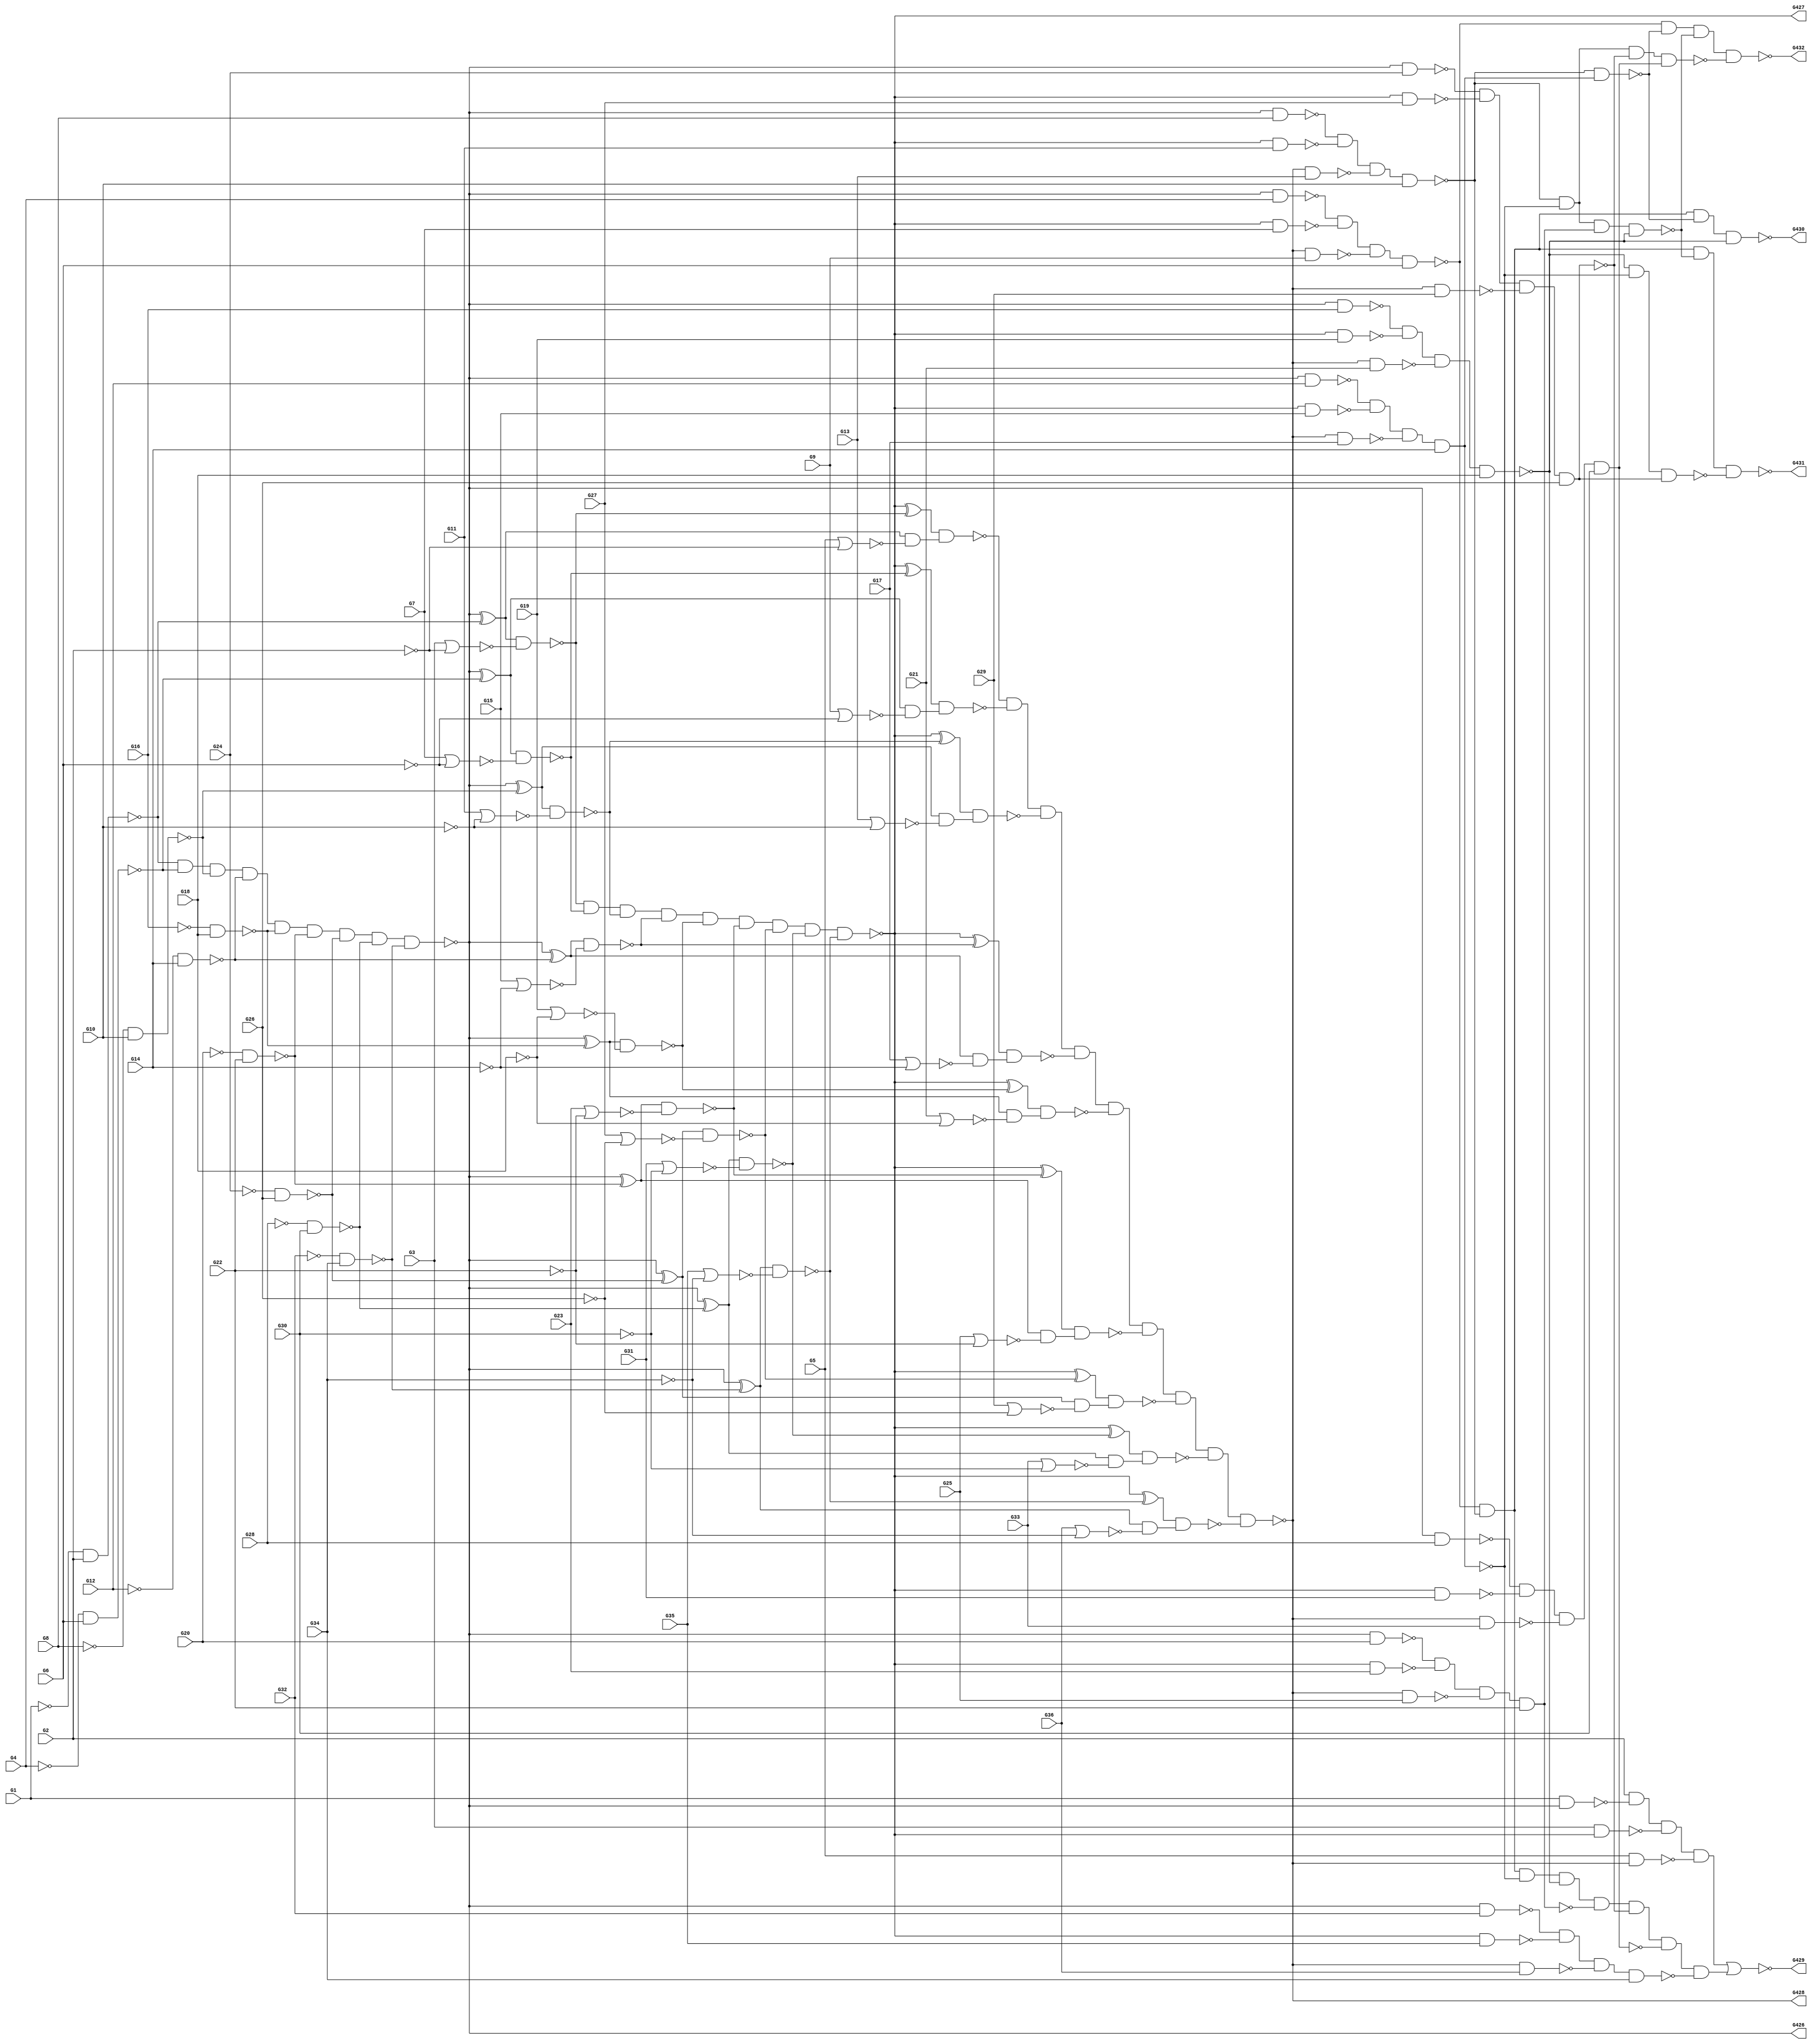
module c432(G1,G10,G11,G12,G13,G14,G15,G16,G17,G18,G19,G2,G20,G21,G22,G23,
  G24,G25,G26,G27,G28,G29,G3,G30,G31,G32,G33,G34,G35,G36,G4,G426,G427,G428,
  G429,G430,G431,G432,G5,G6,G7,G8,G9);
input G1,G2,G3,G4,G5,G6,G7,G8,G9,G10,G11,G12,G13,G14,G15,G16,G17,G18,G19,G20,
  G21,G22,G23,G24,G25,G26,G27,G28,G29,G30,G31,G32,G33,G34,G35,G36;
output G426,G427,G428,G429,G430,G431,G432;

  wire G118,G119,G122,G123,G126,G127,G130,G131,G134,G135,G138,G139,G142,G143,
    G146,G147,G150,G151,G154,G157,G158,G159,G162,G165,G168,G171,G174,G177,G180,
    G183,G184,G185,G186,G187,G188,G189,G190,G191,G192,G193,G194,G195,G196,G197,
    G198,G199,G203,G213,G223,G226,G229,G232,G235,G238,G241,G242,G245,G246,G249,
    G250,G253,G254,G255,G256,G257,G258,G259,G262,G263,G266,G269,G272,G275,G278,
    G281,G284,G287,G288,G289,G290,G291,G292,G293,G294,G295,G299,G300,G301,G302,
    G303,G304,G305,G306,G307,G308,G318,G328,G329,G330,G331,G332,G333,G334,G335,
    G336,G337,G338,G339,G340,G341,G342,G343,G344,G345,G346,G347,G348,G349,G350,
    G351,G352,G353,G354,G355,G358,G368,G369,G370,G371,G372,G373,G374,G375,G376,
    G377,G378,G383,G390,G396,G401,G404,G408,G411,G412,G413,G414,G415,G416,G417,
    G418,G421,G424,G425;

  not NOT_0(G118,G1);
  not NOT_1(G119,G2);
  not NOT_2(G122,G4);
  not NOT_3(G123,G6);
  not NOT_4(G126,G8);
  not NOT_5(G127,G10);
  not NOT_6(G130,G12);
  not NOT_7(G131,G14);
  not NOT_8(G134,G16);
  not NOT_9(G135,G18);
  not NOT_10(G138,G20);
  not NOT_11(G139,G22);
  not NOT_12(G142,G24);
  not NOT_13(G143,G26);
  not NOT_14(G146,G28);
  not NOT_15(G147,G30);
  not NOT_16(G150,G32);
  not NOT_17(G151,G34);
  nand NAND2_0(G154,G118,G2);
  nor NOR2_0(G157,G3,G119);
  nor NOR2_1(G158,G5,G119);
  nand NAND2_1(G159,G122,G6);
  nand NAND2_2(G162,G126,G10);
  nand NAND2_3(G165,G130,G14);
  nand NAND2_4(G168,G134,G18);
  nand NAND2_5(G171,G138,G22);
  nand NAND2_6(G174,G142,G26);
  nand NAND2_7(G177,G146,G30);
  nand NAND2_8(G180,G150,G34);
  nor NOR2_2(G183,G7,G123);
  nor NOR2_3(G184,G9,G123);
  nor NOR2_4(G185,G11,G127);
  nor NOR2_5(G186,G13,G127);
  nor NOR2_6(G187,G15,G131);
  nor NOR2_7(G188,G17,G131);
  nor NOR2_8(G189,G19,G135);
  nor NOR2_9(G190,G21,G135);
  nor NOR2_10(G191,G23,G139);
  nor NOR2_11(G192,G25,G139);
  nor NOR2_12(G193,G27,G143);
  nor NOR2_13(G194,G29,G143);
  nor NOR2_14(G195,G31,G147);
  nor NOR2_15(G196,G33,G147);
  nor NOR2_16(G197,G35,G151);
  nor NOR2_17(G198,G36,G151);
  and AND9_0(G199,G154,G159,G162,G165,G168,G171,G174,G177,G180);
  not NOT_18(G203,G199);
  not NOT_19(G213,G199);
  xor XOR2_0(G223,G203,G154);
  xor XOR2_1(G226,G203,G159);
  xor XOR2_2(G229,G203,G162);
  xor XOR2_3(G232,G203,G165);
  xor XOR2_4(G235,G203,G168);
  xor XOR2_5(G238,G203,G171);
  nand NAND2_9(G241,G1,G213);
  xor XOR2_6(G242,G203,G174);
  nand NAND2_10(G245,G213,G4);
  xor XOR2_7(G246,G203,G177);
  nand NAND2_11(G249,G213,G8);
  xor XOR2_8(G250,G203,G180);
  nand NAND2_12(G253,G213,G12);
  nand NAND2_13(G254,G213,G16);
  nand NAND2_14(G255,G213,G20);
  nand NAND2_15(G256,G213,G24);
  nand NAND2_16(G257,G213,G28);
  nand NAND2_17(G258,G213,G32);
  nand NAND2_18(G259,G223,G157);
  nand NAND2_19(G262,G223,G158);
  nand NAND2_20(G263,G226,G183);
  nand NAND2_21(G266,G229,G185);
  nand NAND2_22(G269,G232,G187);
  nand NAND2_23(G272,G235,G189);
  nand NAND2_24(G275,G238,G191);
  nand NAND2_25(G278,G242,G193);
  nand NAND2_26(G281,G246,G195);
  nand NAND2_27(G284,G250,G197);
  nand NAND2_28(G287,G226,G184);
  nand NAND2_29(G288,G229,G186);
  nand NAND2_30(G289,G232,G188);
  nand NAND2_31(G290,G235,G190);
  nand NAND2_32(G291,G238,G192);
  nand NAND2_33(G292,G242,G194);
  nand NAND2_34(G293,G246,G196);
  nand NAND2_35(G294,G250,G198);
  and AND9_1(G295,G259,G263,G266,G269,G272,G275,G278,G281,G284);
  not NOT_20(G299,G262);
  not NOT_21(G300,G287);
  not NOT_22(G301,G288);
  not NOT_23(G302,G289);
  not NOT_24(G303,G290);
  not NOT_25(G304,G291);
  not NOT_26(G305,G292);
  not NOT_27(G306,G293);
  not NOT_28(G307,G294);
  not NOT_29(G308,G295);
  not NOT_30(G318,G295);
  xor XOR2_9(G328,G308,G259);
  xor XOR2_10(G329,G308,G263);
  xor XOR2_11(G330,G308,G266);
  xor XOR2_12(G331,G308,G269);
  nand NAND2_36(G332,G3,G318);
  xor XOR2_13(G333,G308,G272);
  nand NAND2_37(G334,G318,G7);
  xor XOR2_14(G335,G308,G275);
  nand NAND2_38(G336,G318,G11);
  xor XOR2_15(G337,G308,G278);
  nand NAND2_39(G338,G318,G15);
  xor XOR2_16(G339,G308,G281);
  nand NAND2_40(G340,G318,G19);
  xor XOR2_17(G341,G308,G284);
  nand NAND2_41(G342,G318,G23);
  nand NAND2_42(G343,G318,G27);
  nand NAND2_43(G344,G318,G31);
  nand NAND2_44(G345,G318,G35);
  nand NAND2_45(G346,G328,G299);
  nand NAND2_46(G347,G329,G300);
  nand NAND2_47(G348,G330,G301);
  nand NAND2_48(G349,G331,G302);
  nand NAND2_49(G350,G333,G303);
  nand NAND2_50(G351,G335,G304);
  nand NAND2_51(G352,G337,G305);
  nand NAND2_52(G353,G339,G306);
  nand NAND2_53(G354,G341,G307);
  and AND9_2(G355,G346,G347,G348,G349,G350,G351,G352,G353,G354);
  not NOT_31(G358,G355);
  nand NAND2_54(G368,G5,G358);
  nand NAND2_55(G369,G358,G9);
  nand NAND2_56(G370,G358,G13);
  nand NAND2_57(G371,G358,G17);
  nand NAND2_58(G372,G358,G21);
  nand NAND2_59(G373,G358,G25);
  nand NAND2_60(G374,G358,G29);
  nand NAND2_61(G375,G358,G33);
  nand NAND2_62(G376,G358,G36);
  nand NAND4_0(G377,G2,G241,G332,G368);
  nand NAND4_1(G378,G245,G334,G369,G6);
  nand NAND4_2(G383,G249,G336,G370,G10);
  nand NAND4_3(G390,G253,G338,G371,G14);
  nand NAND4_4(G396,G254,G340,G372,G18);
  nand NAND4_5(G401,G255,G342,G373,G22);
  nand NAND4_6(G404,G256,G343,G374,G26);
  nand NAND4_7(G408,G257,G344,G375,G30);
  nand NAND4_8(G411,G258,G345,G376,G34);
  not NOT_32(G412,G377);
  and AND8_0(G413,G378,G383,G390,G396,G401,G404,G408,G411);
  not NOT_33(G414,G390);
  not NOT_34(G415,G401);
  not NOT_35(G416,G404);
  not NOT_36(G417,G408);
  nand NAND2_63(G418,G383,G414);
  nand NAND4_9(G421,G383,G390,G415,G396);
  nand NAND3_0(G424,G396,G390,G416);
  nand NAND4_10(G425,G383,G390,G404,G417);
  not NOT_37(G426,G199);
  not NOT_38(G427,G295);
  not NOT_39(G428,G355);
  nor NOR2_18(G429,G412,G413);
  nand NAND4_11(G430,G378,G383,G418,G396);
  nand NAND4_12(G431,G378,G383,G421,G424);
  nand NAND4_13(G432,G378,G418,G421,G425);

endmodule